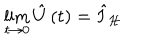
\lim _ { t \rightarrow 0 } \hat { U } \left( t \right) = \hat { I } _ { \mathcal { H } }